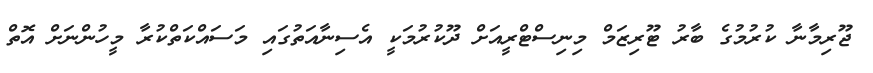
ޖޫރިމާނާ ކުރުމުގެ ބާރު ޓޫރިޒަމް މިނިސްޓްރީއަށް ދޫކުރުމަކީ އެސިނާއަތުގައި މަސައްކަތްކުރާ މީހުންނަށް އޮތް